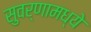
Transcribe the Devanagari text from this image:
सुवर्णामध्ये